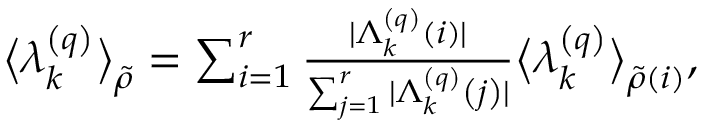
\begin{array} { r } { \big \langle \lambda _ { k } ^ { \left( q \right) } \big \rangle _ { \widetilde { \rho } } = \sum _ { i = 1 } ^ { r } \frac { \vert \Lambda _ { k } ^ { \left( q \right) } \left( i \right) \vert } { \sum _ { j = 1 } ^ { r } \vert \Lambda _ { k } ^ { \left( q \right) } \left( j \right) \vert } \big \langle \lambda _ { k } ^ { \left( q \right) } \big \rangle _ { \widetilde { \rho } \left( i \right) } , } \end{array}